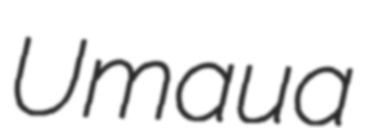
Umaua